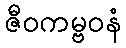
ဇီဝကမ္ဗဝနံ